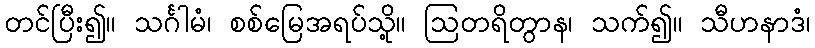
တင်ပြီး၍။ သင်္ဂါမံ၊ စစ်မြေအရပ်သို့။ ဩတရိတွာန၊ သက်၍။ သီဟနာဒံ၊